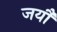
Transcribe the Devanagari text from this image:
जर्यौ